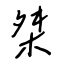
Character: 桀